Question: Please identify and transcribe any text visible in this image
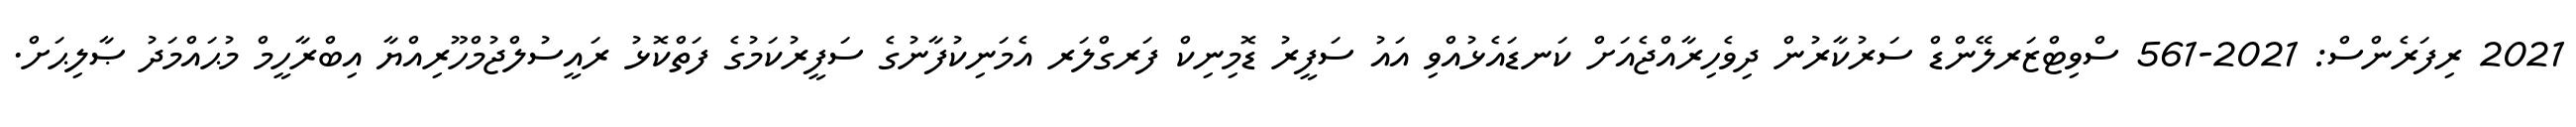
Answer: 2021 ރިފަރެންސް: 2021-561 ސްވިޓްޒަރލޭންޑް ސަރުކާރުން ދިވެހިރާއްޖެއަށް ކަނޑައެޅުއްވި އައު ސަފީރު ޑޮމިނިކް ފަރގްލަރ އެމަނިކުފާނުގެ ސަފީރުކަމުގެ ފަތްކޮޅު ރައީސުލްޖުމްހޫރިއްޔާ އިބްރާހީމް މުޙައްމަދު ޞާލިޙަށް.